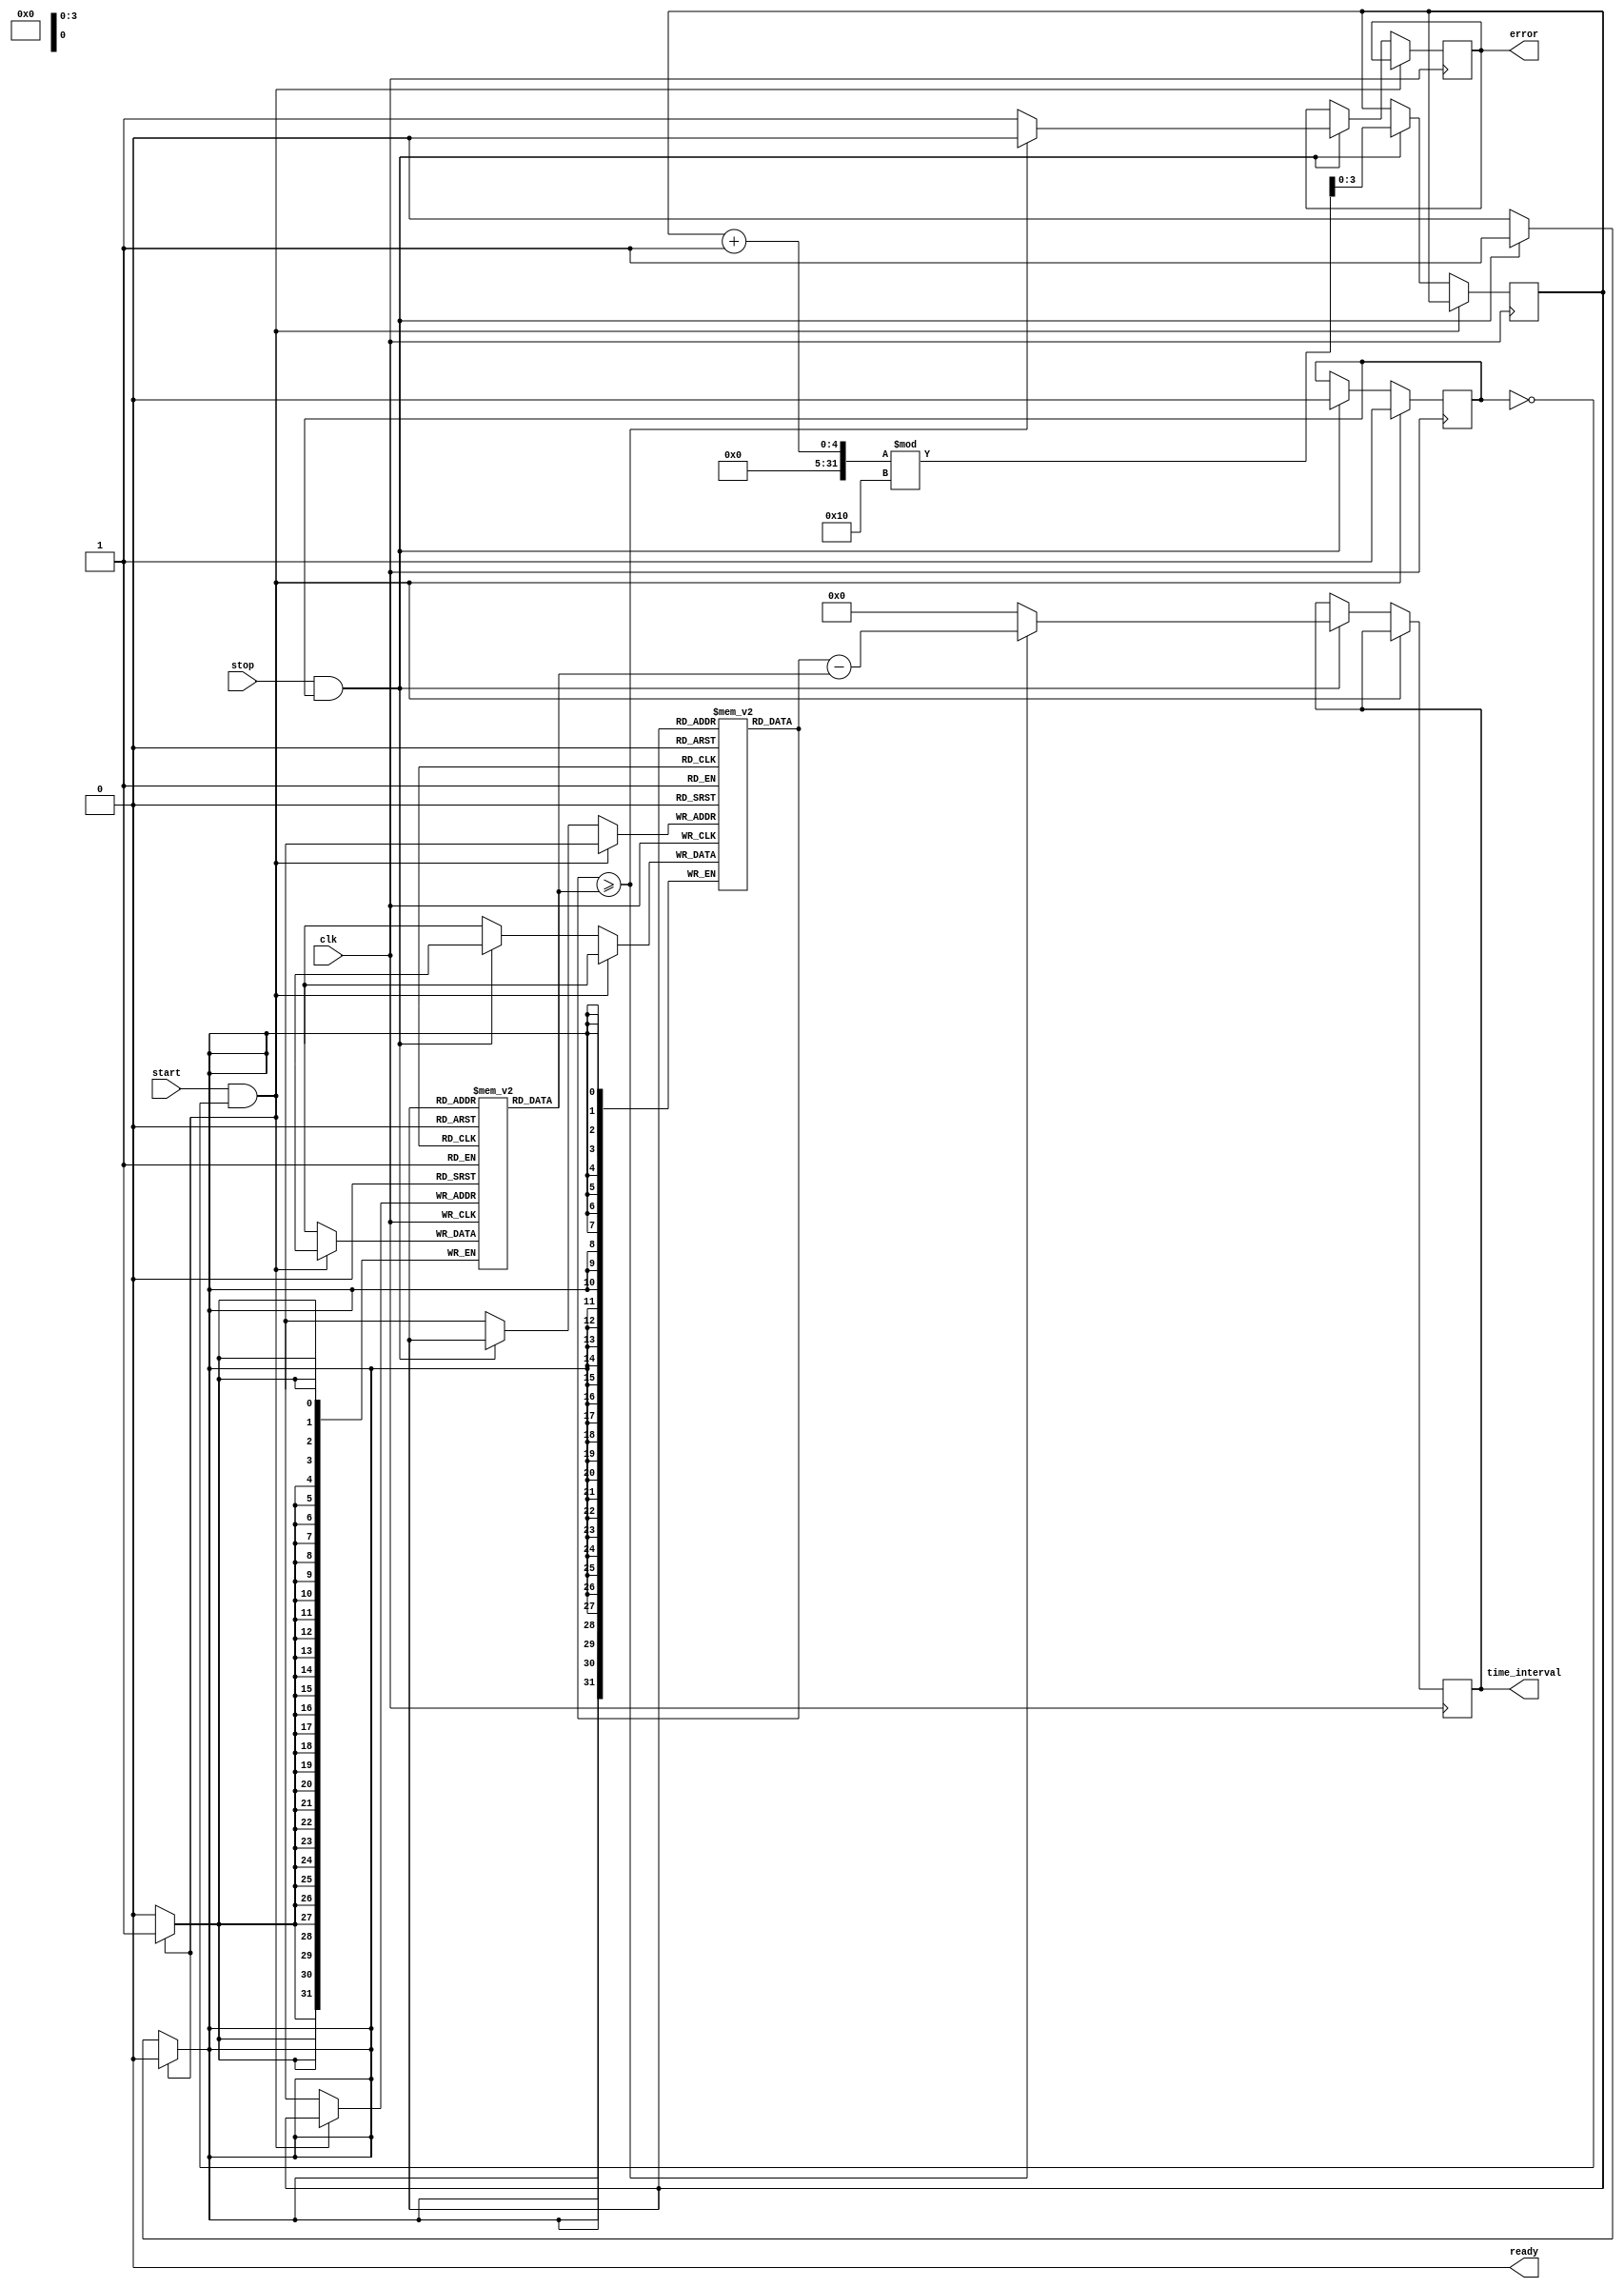
module MemoryBlocksSynchronizedTDC (
    input wire clk,               // Clock signal
    input wire start,             // Start signal
    input wire stop,              // Stop signal
    output reg [31:0] time_interval, // Output time interval
    output reg ready,             // Output ready signal
    output reg error              // Output error signal
);

    // Parameters
    parameter MEMORY_DEPTH = 16; // Number of memory blocks
    parameter TIMESTAMP_WIDTH = 32; // Width of timestamp

    // Memory blocks to store timestamps
    reg [TIMESTAMP_WIDTH-1:0] start_time [0:MEMORY_DEPTH-1];
    reg [TIMESTAMP_WIDTH-1:0] stop_time [0:MEMORY_DEPTH-1];
    reg [3:0] write_index;        // Index for writing to memory
    reg measuring;                // Flag to indicate measuring state

    // Initialize
    initial begin
        write_index = 0;
        ready = 0;
        error = 0;
        measuring = 0;
    end

    // Capture timestamps on start and stop signals
    always @(posedge clk) begin
        if (start && !measuring) begin
            // Start measuring
            measuring <= 1;
            start_time[write_index] <= $time; // Capture start timestamp
        end else if (stop && measuring) begin
            // Stop measuring
            measuring <= 0;
            stop_time[write_index] <= $time; // Capture stop timestamp
            
            // Calculate time interval
            if (stop_time[write_index] >= start_time[write_index]) begin
                time_interval <= stop_time[write_index] - start_time[write_index];
                ready <= 1; // Indicate that the output is ready
                error <= 0; // No error
            end else begin
                time_interval <= 0; // Invalid interval
                ready <= 0; // Not ready
                error <= 1; // Indicate an error
            end
            
            // Increment write index and wrap around if necessary
            write_index <= (write_index + 1) % MEMORY_DEPTH;
        end
    end

    // Reset ready signal after reading the output
    always @(posedge clk) begin
        if (ready) begin
            ready <= 0; // Reset ready signal after output is read
        end
    end

endmodule